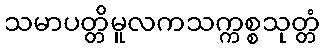
သမာပတ္တိမူလကသက္ကစ္စသုတ္တံ